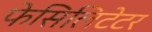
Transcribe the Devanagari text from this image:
फेसिलिटेटर